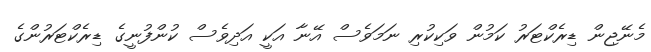
މެނޭޖިން ޑިރެކްޓަރު ކަމުން ވަކިކުރި ނަމަވެސް އޭނާ އަކީ އަދިވެސް ކުންފުނީގެ ޑިރެކްޓަރުންގެ